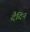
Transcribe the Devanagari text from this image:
दैदिन